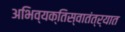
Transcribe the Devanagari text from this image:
अभिव्यक्तिस्वातंत्र्यात